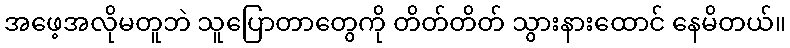
အဖေ့အလိုမတူဘဲ သူပြောတာတွေကို တိတ်တိတ် သွားနားထောင် နေမိတယ်။